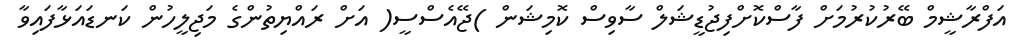
އަފްރާޝީމް ބޭރުކުރުމަށް ފާސްކޮށްފިޖުޑީޝަލް ސާވިސް ކޮމިޝަން )ޖޭއެސްސީ( އަށް ރައްޔިތުންގެ މަޖިލީހުން ކަނޑައަޅާފައިވާ